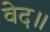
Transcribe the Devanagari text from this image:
वेद॥